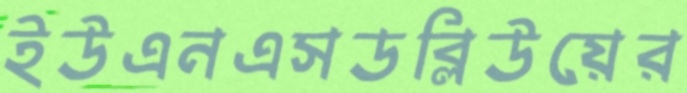
ইউএনএসডব্লিউয়ের